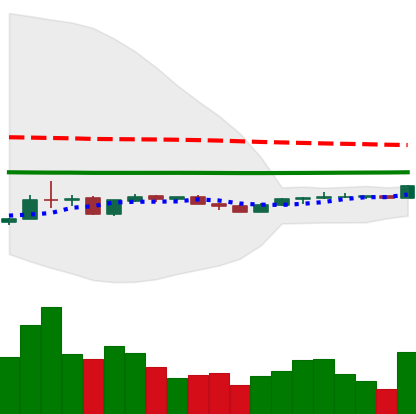
Ticker: LINK-USD
Chart end date: 2020-04-06
Forward return: 30.592%
Label: up_7plus